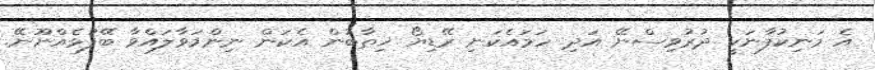
އެ މަނިކުފާނަކީ ދުރުވިސްނޭ އަދި ހަމައެކަނި ރޭޑިޔޯ ޚިޠާބުން އެކަން ނިންމަވާލައްވާ ބޭފުޅެއްނޫނޭ.